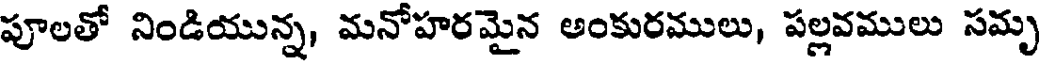
పూలతో నిండియున్న, మనోహరమైన అంకురములు, పల్లవములు సమృ